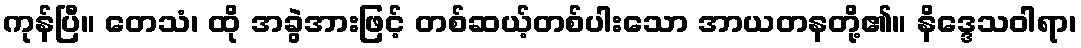
ကုန်ပြီ။ တေသံ၊ ထို အခွဲအားဖြင့် တစ်ဆယ့်တစ်ပါးသော အာယတနတို့၏။ နိဒ္ဒေသဝါရာ၊